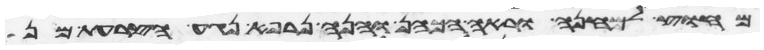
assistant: מחוץ למחנה וראה הכהן והנה נרפא נגע הצרעת מן